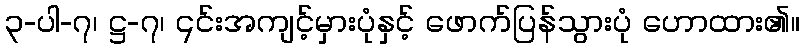
၃-ပါ-၇၊ ဋ္ဌ-၇၊ ၎င်းအကျင့်မှားပုံနှင့် ဖောက်ပြန်သွားပုံ ဟောထား၏။